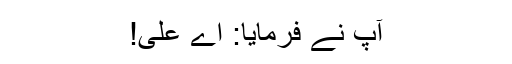
آپ نے فرمایا: اے علی!